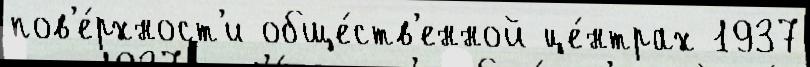
пов'е́рхност'и обще́ств'енной це́нтрах 1937